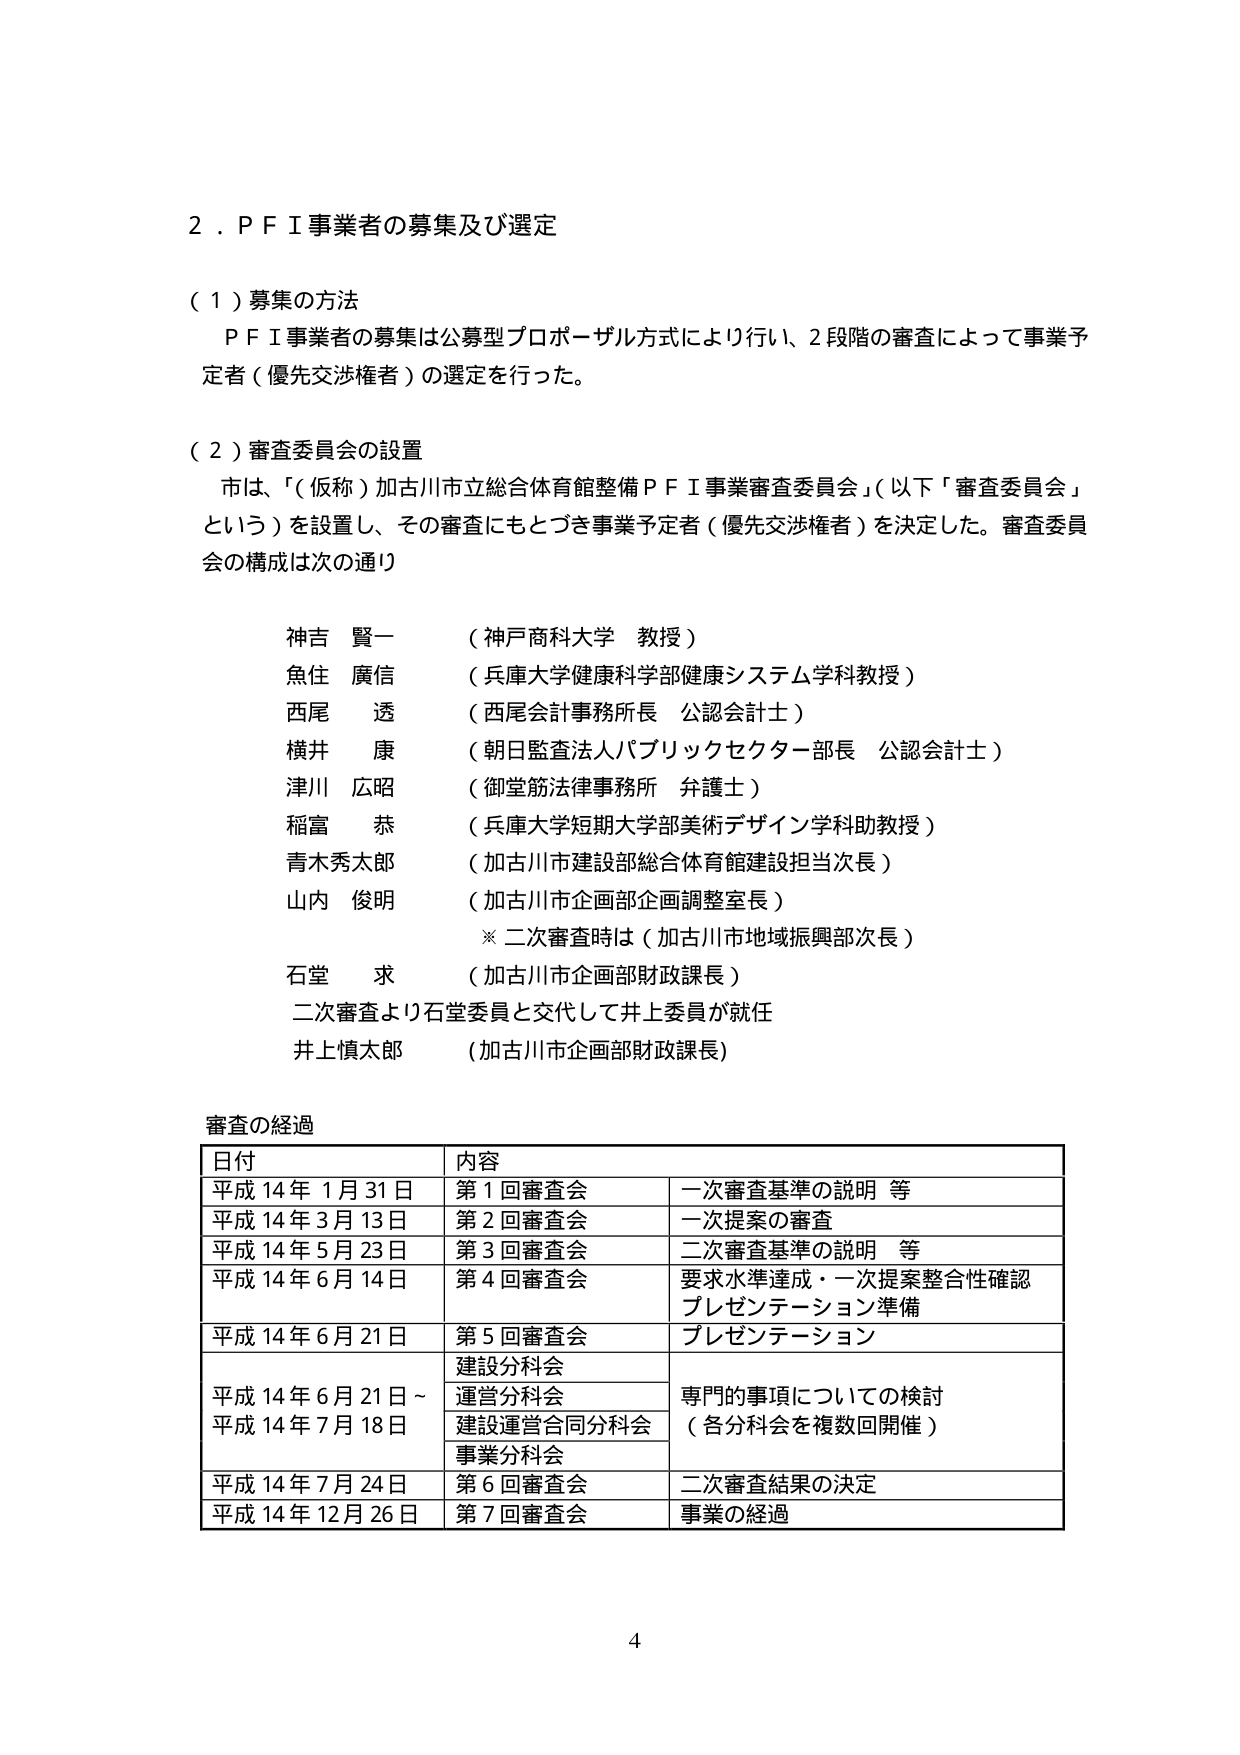
２．ＰＦＩ事業者の募集及び選定

（１）募集の方法
ＰＦＩ事業者の募集は公募型プロポーザル方式により行い、２段階の審査によって事業予定者（優先交渉権者）の選定を行った。

（２）審査委員会の設置
市は、「（仮称）加古川市立総合体育館整備ＰＦＩ事業審査委員会」（以下「審査委員会」という）を設置し、その審査にもとづき事業予定者（優先交渉権者）を決定した。審査委員会の構成は次の通り

神吉 賢一 （神戸商科大学 教授）
魚住 廣信 （兵庫大学健康科学部健康システム学科教授）
西尾 透 （西尾会計事務所長 公認会計士）
横井 康 （朝日監査法人パブリックセクター部長 公認会計士）
津川 広昭 （御堂筋法律事務所 弁護士）
稲富 恭 （兵庫大学短期大学部美術デザイン学科助教授）
青木秀太郎 （加古川市建設部総合体育館建設担当次長）
山内 俊明 （加古川市企画部企画調整室長）
　※二次審査時は（加古川市地域振興部次長）
石堂 求 （加古川市企画部財政課長）
二次審査より石堂委員と交代して井上委員が就任
井上慎太郎 （加古川市企画部財政課長）

審査の経過
日付 内容
平成14年1月31日 第1回審査会 一次審査基準の説明 等
平成14年3月13日 第2回審査会 一次提案の審査
平成14年5月23日 第3回審査会 二次審査基準の説明 等
平成14年6月14日 第4回審査会 要求水準達成・一次提案整合性確認